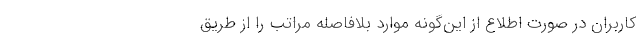
کاربران در صورت اطلاع از این‌گونه موارد بلافاصله مراتب را از طریق